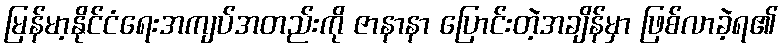
မြန်မာ့နိုင်ငံရေးအကျပ်အတည်းကို ဇာနာနာ ပြောင်းတဲ့အချိန်မှာ ဖြစ်လာခဲ့ရ၏